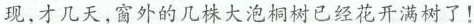
现,才几天,窗外的几株大泡桐树已经花开满树了!